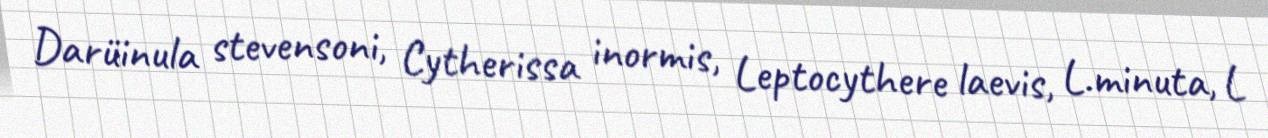
Darüinula stevensoni, Cytherissa inormis, Leptocythere laevis, L.minuta, L